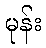
မုန်း